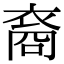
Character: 裔